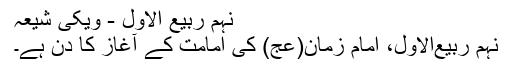
نہم ربیع الاول - ویکی شیعہ
نُہُم رَبیع‌ُالاول، امام زمان(عج) کی امامت کے آغاز کا دن ہے۔